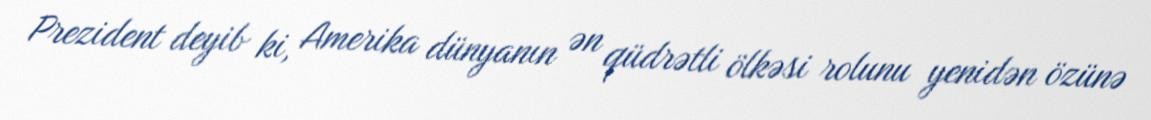
Prezident deyib ki, Amerika dünyanın ən qüdrətli ölkəsi rolunu yenidən özünə